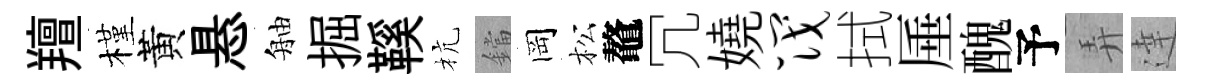
羶槿黃悬舳掘鞵杭鐺岡松鼇冗嬈筏拭厜醜予弄達